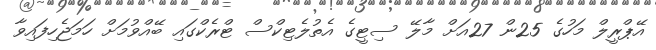
އޭޕްރީލް މަހުގެ 25ން 27އަށް މާލޭ ސިޓީގެ އެތުލެޓިކްސް ޓްރެކްގައި ބޭއްވުމަށް ހަމަޖެހިފައިވާ